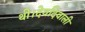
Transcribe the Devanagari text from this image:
थी।देवदिवाली